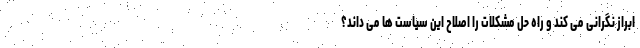
ابراز نگرانی می کند و راه حل مشکلات را اصلاح این سیاست ها می داند؟